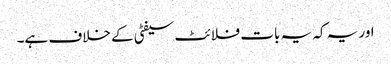
اور یہ کہ یہ بات فلائٹ سیفٹی کے خلاف ہے۔